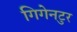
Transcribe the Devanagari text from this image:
गिगेनटुर